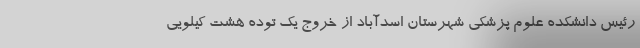
رئیس دانشکده علوم پزشکی شهرستان اسدآباد از خروج یک توده هشت کیلویی